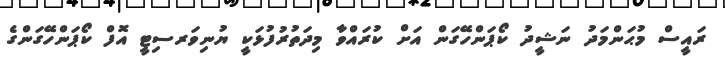
ރައީސް މުޙަންމަދު ނަޝީދު ކޯޕަންހޭގަން އަށް ކުރައްވާ މިދަތުރުފުޅަކީ ޔުނިވަރސިޓީ އޮފް ކޯޕަންހޭގަންގެ